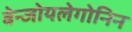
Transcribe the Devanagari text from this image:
बेन्जोयलेगोनिन